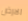
الارض